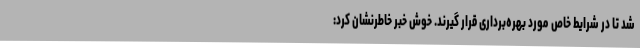
شد تا در شرایط خاص مورد بهره‌برداری قرار گیرند. خوش خبر خاطرنشان کرد: